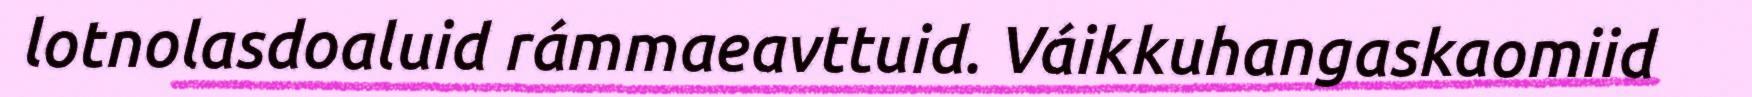
lotnolasdoaluid rámmaeavttuid. Váikkuhangaskaomiid